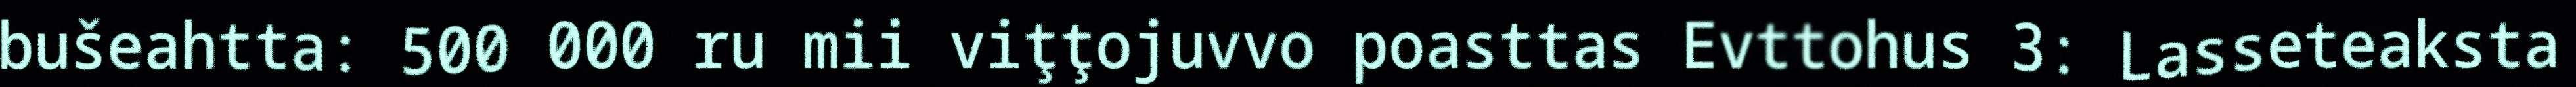
bušeahtta: 500 000 ru mii viţţojuvvo poasttas Evttohus 3: Lasseteaksta